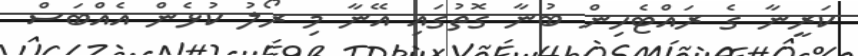
ކަރީނާ ގެ ރައްޓެހިން ބުނާ ގޮތުގައި އޭނާ މި ރޯލު ކުޅެން އެއްބަސް